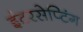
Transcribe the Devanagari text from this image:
इंटरसेप्टिंग